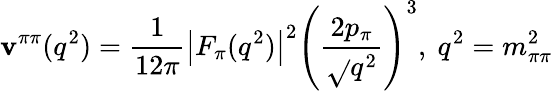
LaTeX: \mathbf{v}^{\pi\pi}(q^{2})=\frac{{1}}{{12\pi}}\left|F_{\pi}(q^{2})\right|^{2}\left(\frac{{2p_{\pi}}}{{\sqrt{}{{q^{2}}}}}\right)^{3},~q^{2}=m_{\pi\pi}^{2}